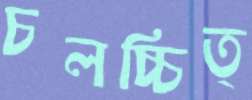
চলচ্চিত্